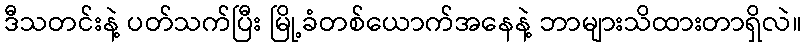
ဒီသတင်းနဲ့ ပတ်သက်ပြီး မြို့ခံတစ်ယောက်အနေနဲ့ ဘာများသိထားတာရှိလဲ။